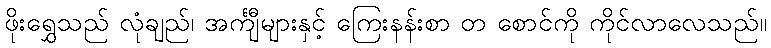
ဖိုးရွှေသည် လုံချည်၊ အင်္ကျီများနှင့် ကြေးနန်းစာ တ စောင်ကို ကိုင်လာလေသည်။